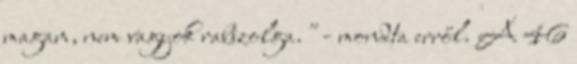
magam, nem vagyok rabszolga." - mondta erről. A 46